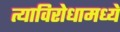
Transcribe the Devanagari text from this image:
त्याविरोधामध्ये